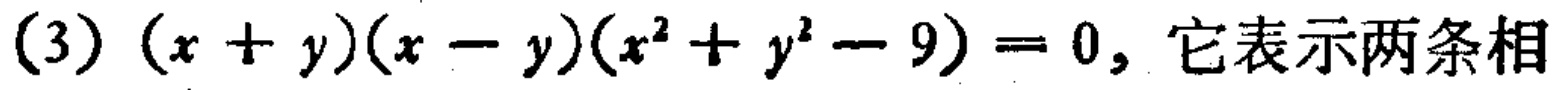
\((3)\ (x + y)(x - y)(x^{2} + y^{2} - 9)=0,\ 它表示两条相\)